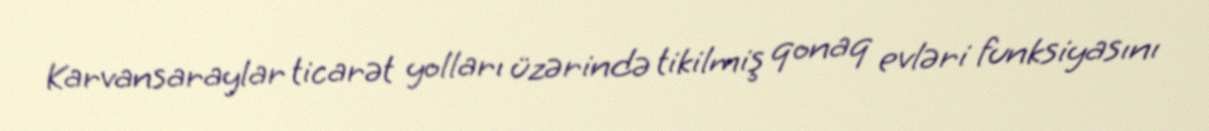
Karvansaraylar ticarət yolları üzərində tikilmiş qonaq evləri funksiyasını